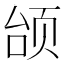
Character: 𫖭